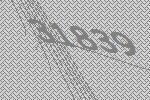
31839